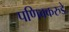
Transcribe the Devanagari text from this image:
पणिक्करुडे